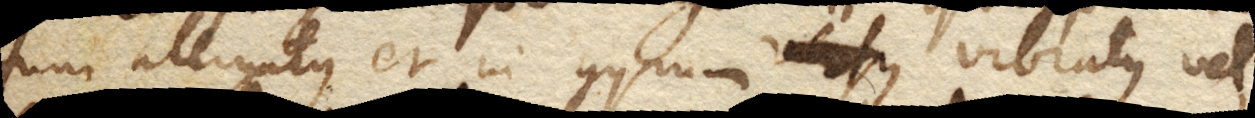
funi alligatus et in gyrum vibratus vel